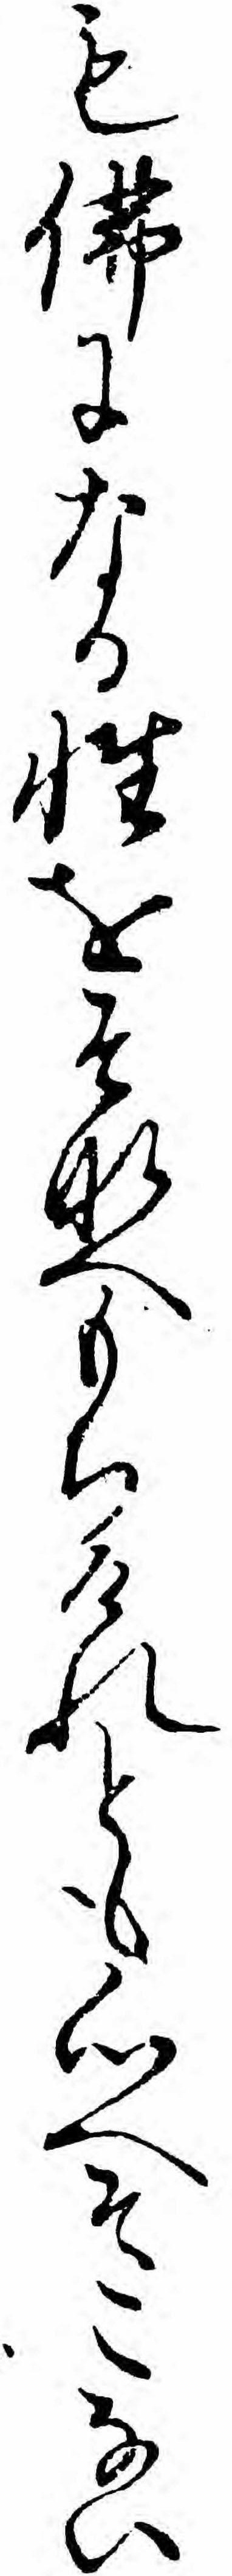
も仏になる性をそなへもちけれとも心へそこない